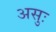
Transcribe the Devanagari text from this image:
असुः